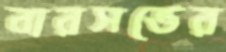
বারসভের